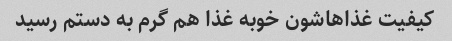
کیفیت غذاهاشون خوبه غذا هم گرم به دستم رسید